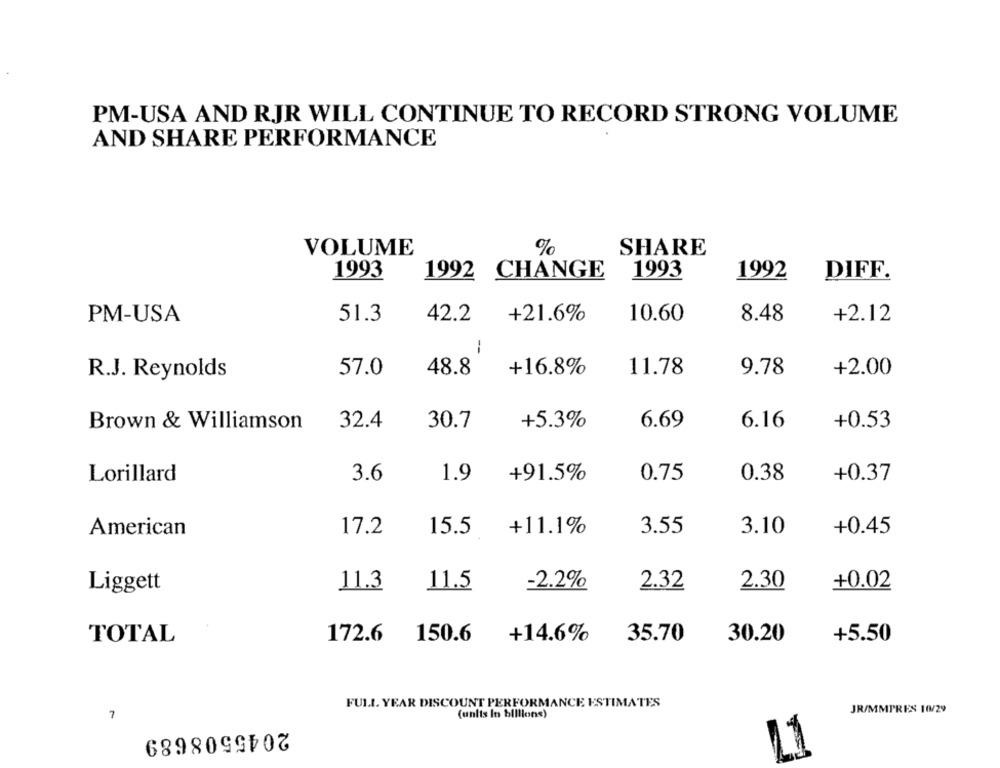
PM-USA AND RJR WILL CONTINUE TO RECORD STRONG VOLUME
AND SHARE PERFORMANCE
VOLUME
%
SHARE
1993
1992 CHANGE
1993
DIFF.
1992
PM-USA
51.3
42.2
+21.6%
10.60
8.48
+2.12
1
R.J. Reynolds
57.0
48.8
+16.8%
11.78
9.78
+2.00
6.69
Brown & Williamson
32.4
30.7
+5.3%
6.16
+0.53
1.9
+91.5%
0.75
0.38
+0.37
Lorillard
3.6
17.2
15.5
+11.1%
3.55
3.10
+0.45
American
+0.02
Liggett
11.3
11.5
2.32
2.30
-2.2%
172.6
150.6
+14.6%
35.70
30.20
+5.50
TOTAL
FULL. YEAR DISCOUNT PERFORMANCE ESTIMATES
(units In billions)
JR/MMPRES 10/29
7
2045508689
11